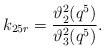
LaTeX: \begin{align*}k_{25r}=\frac{\vartheta^2_2(q^5)}{\vartheta^2_3(q^5)}.\end{align*}